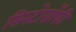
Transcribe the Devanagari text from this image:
सिस्टोग्रॉफी